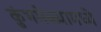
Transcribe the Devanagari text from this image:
कुंभमेळ्यामध्ये